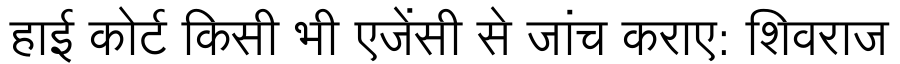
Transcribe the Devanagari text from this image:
हाई कोर्ट किसी भी एजेंसी से जांच कराए: शिवराज